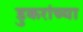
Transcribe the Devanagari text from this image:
डुकरांच्या